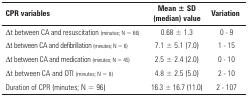
| CPR variables | Mean ± SD (median) value | Variation |
 | --- | --- | --- |
 | Δt between CA and resuscitation (minutes; N =66) | 0.68 ± 1.3 | 0 - 9 |
 | Δt between CA and defibrillation (minutes; N =6) | 7.1 ± 5.1 (7.0) | 1 - 15 |
 | Δt between CA and medication (minutes; N =45) | 2.5 ± 2.4 (2.0) | 0 - 10 |
 | Δt between CA and OTI (minutes; N = 8) | 4.8 ± 2.5 (5.0) | 2 - 10 |
 | Duration of CPR (minutes; N = 96) | 16.3 ± 16.7 (11.0) | 2 - 107 |